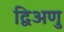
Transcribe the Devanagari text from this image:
द्विअणु